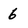
Character: 6